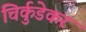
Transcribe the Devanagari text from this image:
चिर्कुडेकर